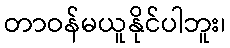
တာဝန်မယူနိုင်ပါဘူး၊